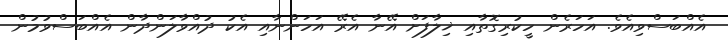
އެއްބަސްވިއެވެ. އަހަރެން ހީކުރިގޮތާއި ޚިލާފަށް އޭނާ އެރޭ އަހަންނާއި އެކު ދުއްވާލަންދާން އެއްބަސްވުމުން